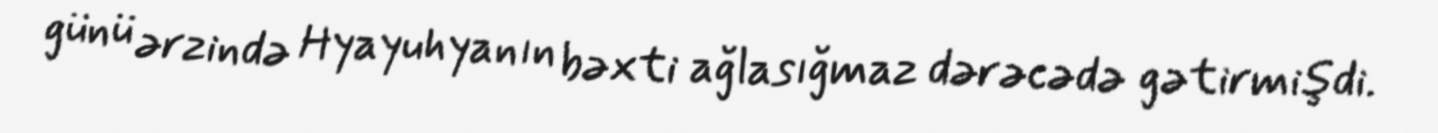
günü ərzində Hyayuhyanın bəxti ağlasığmaz dərəcədə gətirmişdi.